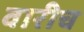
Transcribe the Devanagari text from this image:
वारीच